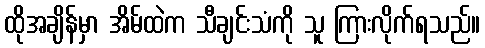
ထိုအချိန်မှာ အိမ်ထဲက သီချင်းသံကို သူ ကြားလိုက်ရသည်။